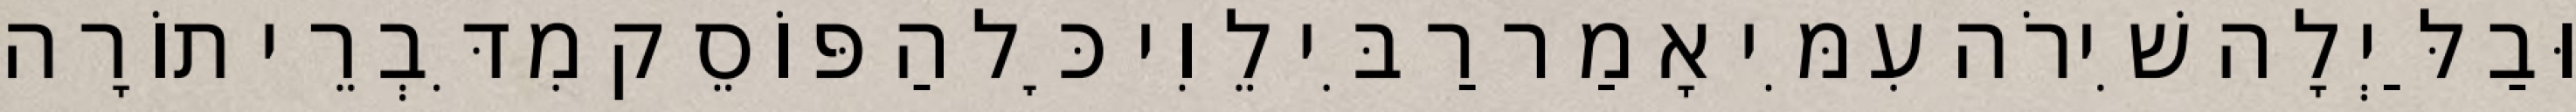
וּבַלַּיְלָה שִׁירֹה עִמִּי אָמַר רַבִּי לֵוִי כׇּל הַפּוֹסֵק מִדִּבְרֵי תוֹרָה